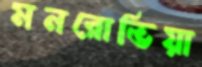
মনরোভিয়া